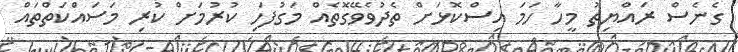
ގެނެސް ރައްޔިތު މީހާ ހަމަ އިސްކޮޅަށް ތެދުވެވޭގޮތެއް މަގުފަހި ކުރުމަށް ކުރި މަސައްކަތްތައް